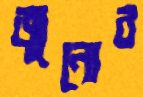
জুনোর